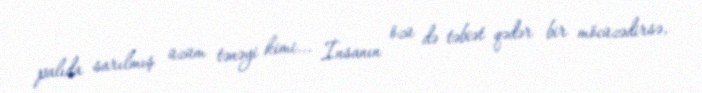
palıda sarılmış üzüm tənəyi kimi... İnsanın özü də təbiət qədər bir möcüzədirsə,